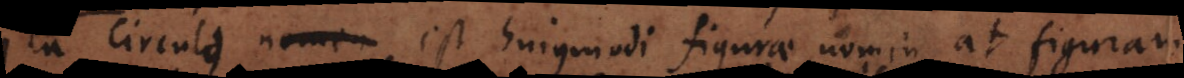
Ita circuli nomen est hujusmodi figurae nomen, at figuram